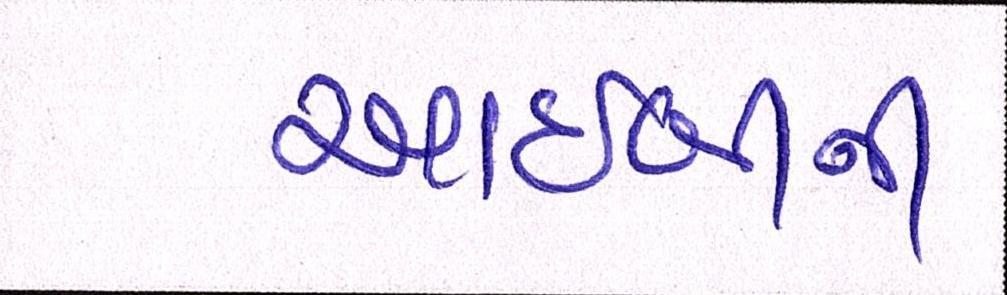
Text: આઈબીની